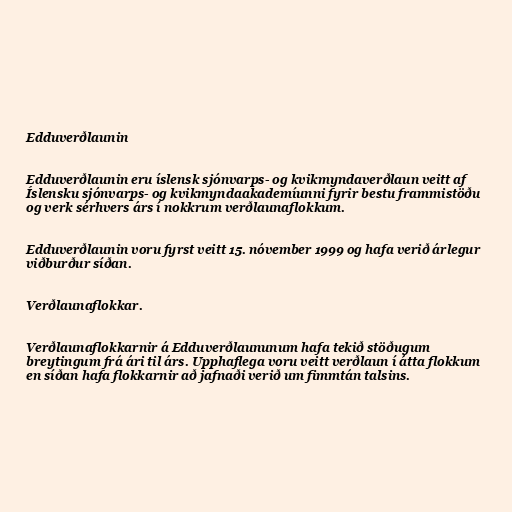
Edduverðlaunin

Edduverðlaunin eru íslensk sjónvarps- og kvikmyndaverðlaun veitt af
Íslensku sjónvarps- og kvikmyndaakademíunni fyrir bestu frammistöðu
og verk sérhvers árs í nokkrum verðlaunaflokkum.

Edduverðlaunin voru fyrst veitt 15. nóvember 1999 og hafa verið árlegur
viðburður síðan.

Verðlaunaflokkar.

Verðlaunaflokkarnir á Edduverðlaununum hafa tekið stöðugum
breytingum frá ári til árs. Upphaflega voru veitt verðlaun í átta flokkum
en síðan hafa flokkarnir að jafnaði verið um fimmtán talsins.